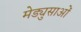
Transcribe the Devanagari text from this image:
मेड्युसाओं